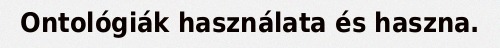
Ontológiák használata és haszna.